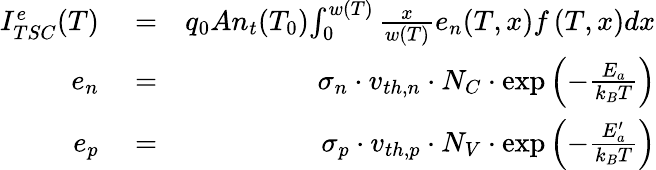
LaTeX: \begin{array}{rlr}{I_{TSC}^{e}(T)}&{{}=}&{q_{0}An_{t}(T_{0}){\int_{0}^{w(T)}{\frac{x}{w(T)}}e_{n}(T,x)f\left(T,x\right)}dx}\\ {e_{n}}&{{}=}&{{\sigma_{n}\cdot v_{th,n}\cdot N_{C}\cdot\exp{\left(-{\frac{E_{a}}{k_{B}T}}\right)}}}\\ {e_{p}}&{{}=}&{{\sigma_{p}\cdot v_{th,p}\cdot N_{V}\cdot\exp{\left(-{\frac{E_{a}^{\prime}}{k_{B}T}}\right)}}}\end{array}